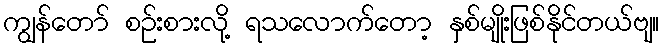
ကျွန်တော် စဉ်းစားလို့ ရသလောက်တော့ နှစ်မျိုးဖြစ်နိုင်တယ်ဗျ။